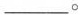
___ 。